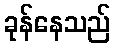
ခုန်နေသည်